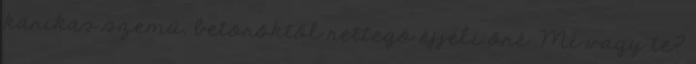
karikás szemű, betörőktől rettegő éjjeli őré. Mi vagy te?